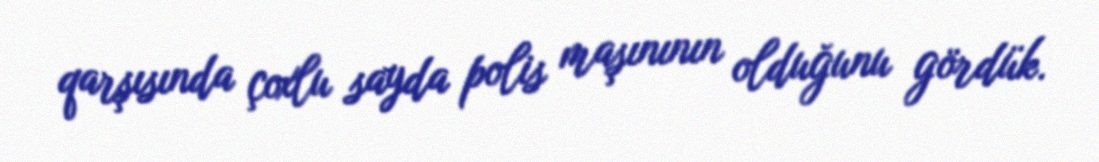
qarşısında çoxlu sayda polis maşınının olduğunu gördük.